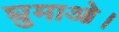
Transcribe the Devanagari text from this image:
घुमाओ।